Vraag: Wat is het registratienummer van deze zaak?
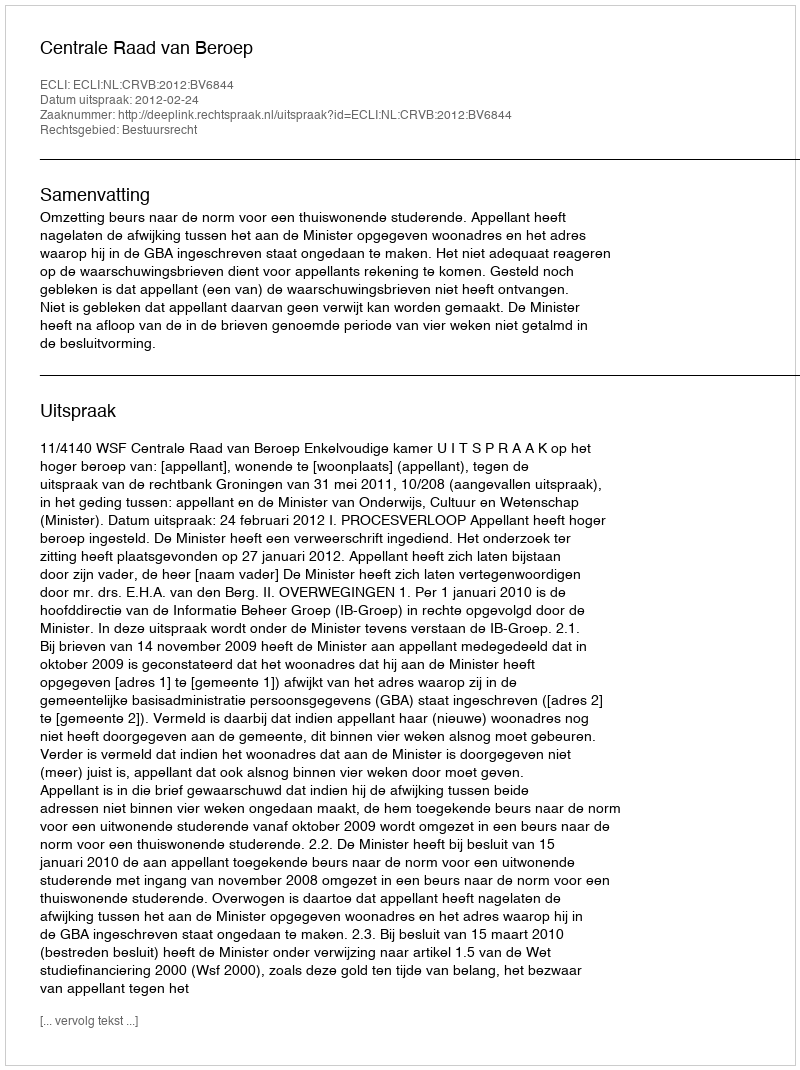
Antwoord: http://deeplink.rechtspraak.nl/uitspraak?id=ECLI:NL:CRVB:2012:BV6844